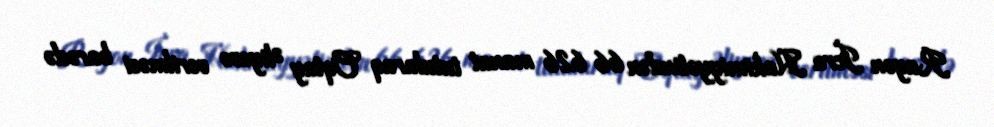
Rayon İcra Hakimiyyətindən 66 626 manat tutularaq Oqtay Əliyevə verilməsi barədə